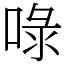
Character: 㖨